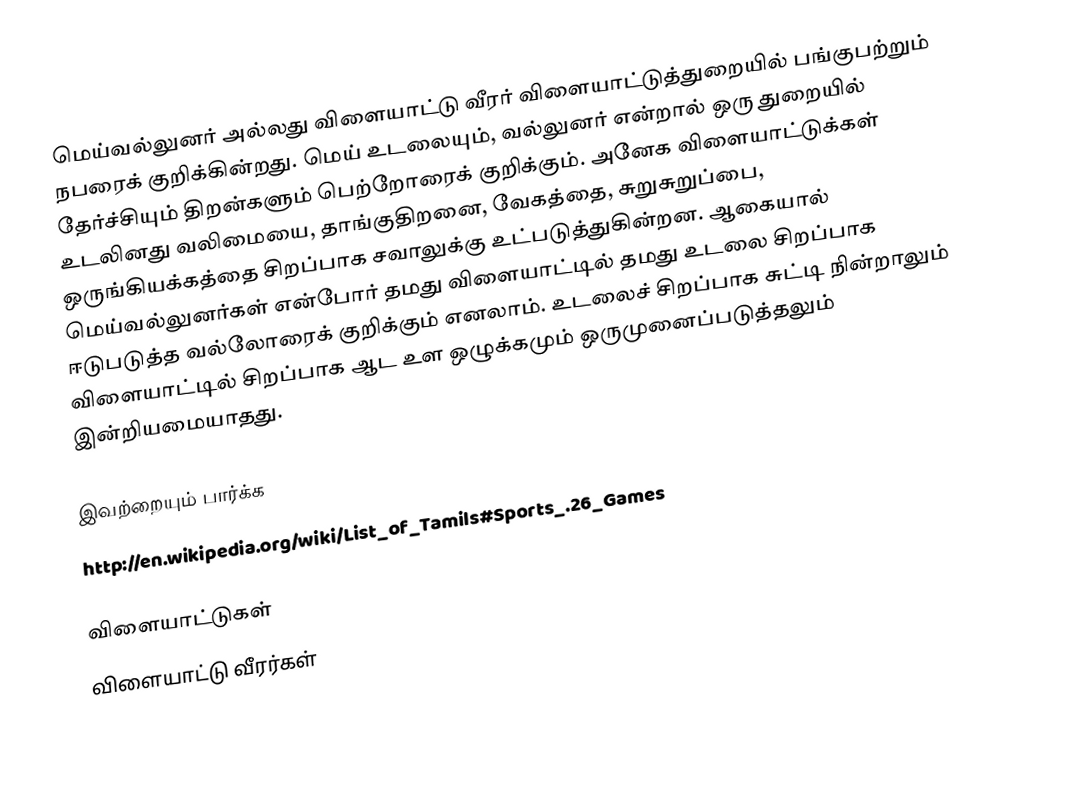
மெய்வல்லுனர் அல்லது விளையாட்டு வீரர் விளையாட்டுத்துறையில் பங்குபற்றும் நபரைக் குறிக்கின்றது.  மெய் உடலையும், வல்லுனர் என்றால் ஒரு துறையில் தேர்ச்சியும் திறன்களும் பெற்றோரைக் குறிக்கும்.  அனேக விளையாட்டுக்கள் உடலினது வலிமையை, தாங்குதிறனை, வேகத்தை, சுறுசுறுப்பை, ஒருங்கியக்கத்தை சிறப்பாக சவாலுக்கு உட்படுத்துகின்றன.  ஆகையால் மெய்வல்லுனர்கள் என்போர் தமது விளையாட்டில் தமது உடலை சிறப்பாக ஈடுபடுத்த வல்லோரைக் குறிக்கும் எனலாம்.  உடலைச் சிறப்பாக சுட்டி நின்றாலும் விளையாட்டில் சிறப்பாக ஆட உள ஒழுக்கமும் ஒருமுனைப்படுத்தலும் இன்றியமையாதது.

இவற்றையும் பார்க்க
 http://en.wikipedia.org/wiki/List_of_Tamils#Sports_.26_Games

விளையாட்டுகள்
விளையாட்டு வீரர்கள்